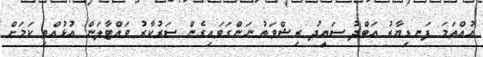
އުއްތަމަ ފަނޑިޔާރު އަބްދު ސައީދު ރިޝްވަތު ނަންގަވައިގެން ސަރުކާރު ވައްޓާލަން އުޅުއްވި ކަމަށް